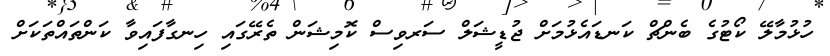
ހުޅުމާލޭ ކޯޓުގެ ބެންޗް ކަނޑައެޅުމަށް ޖުޑީޝަލް ސަރވިސް ކޮމިޝަން ތެރޭގައި ހިނގާފައިވާ ކަންތައްތަކަށް